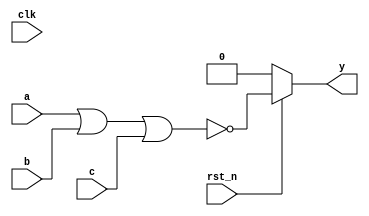
`timescale 1ns / 1ps
`default_nettype none

module nor3(
    output wire y,

    input wire a,
    input wire b,
    input wire c,

    input wire clk,
    input wire rst_n
);

parameter iv = 1'b0;

`ifdef TARGET_WEB

reg yc;
initial yc = iv;

always @(posedge clk) begin
    if (~rst_n) begin
        yc <= iv;
    end else begin
        yc <= ~(a | b | c);
    end
end
assign y = yc;

`else

//pullup r1(y);
assign #20 y = (rst_n) ? ~(a | b | c) : iv;

`endif

endmodule
`default_nettype wire